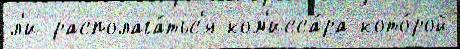
л'и располага́тьс'я ком'исса́ра кото́рой